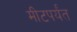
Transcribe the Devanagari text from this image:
मीटपर्यंत